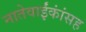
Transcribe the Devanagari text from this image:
नातेवाईंकांंसह